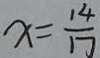
x = \frac { 1 4 } { 1 7 }